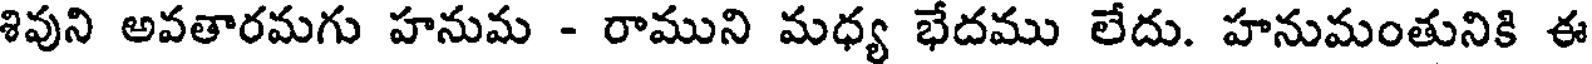
శివుని అవతారమగు హనుమ - రాముని మధ్య భేదము లేదు. హనుమంతునికి ఈ